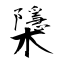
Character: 櫽